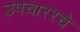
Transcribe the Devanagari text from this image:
उपचाररचे